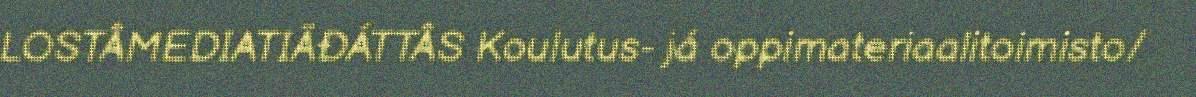
LOSTÂMEDIATIÄĐÁTTÂS Koulutus- já oppimateriaalitoimisto/